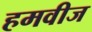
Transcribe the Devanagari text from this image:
हमवीज